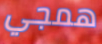
همجي